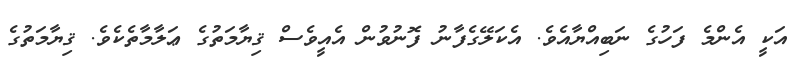
އަކީ އެންމެ ފަހުގެ ނަބިއްޔާއެވެ. އެކަލޭގެފާނު ފޮނުވުން އެއީވެސް ޤިޔާމަތުގެ ޢަލާމާތެކެވެ. ޤިޔާމަތުގެ